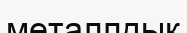
металлдық